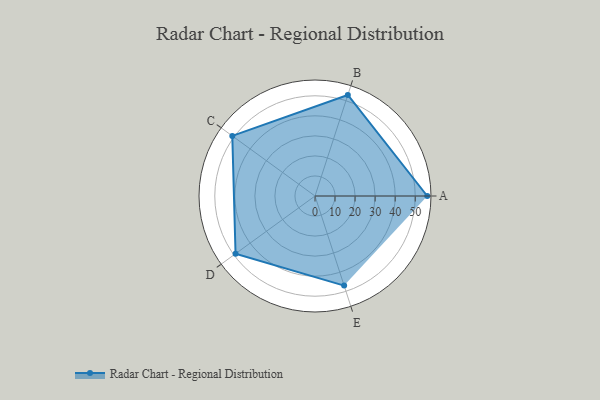
{"axis": {"x": "Skill", "y": "Score"}, "legend": ["Profile"], "data": [{"x": "A", "y": 56.0, "type": "Profile"}, {"x": "B", "y": 53.0, "type": "Profile"}, {"x": "C", "y": 51.0, "type": "Profile"}, {"x": "D", "y": 49.0, "type": "Profile"}, {"x": "E", "y": 47.0, "type": "Profile"}]}